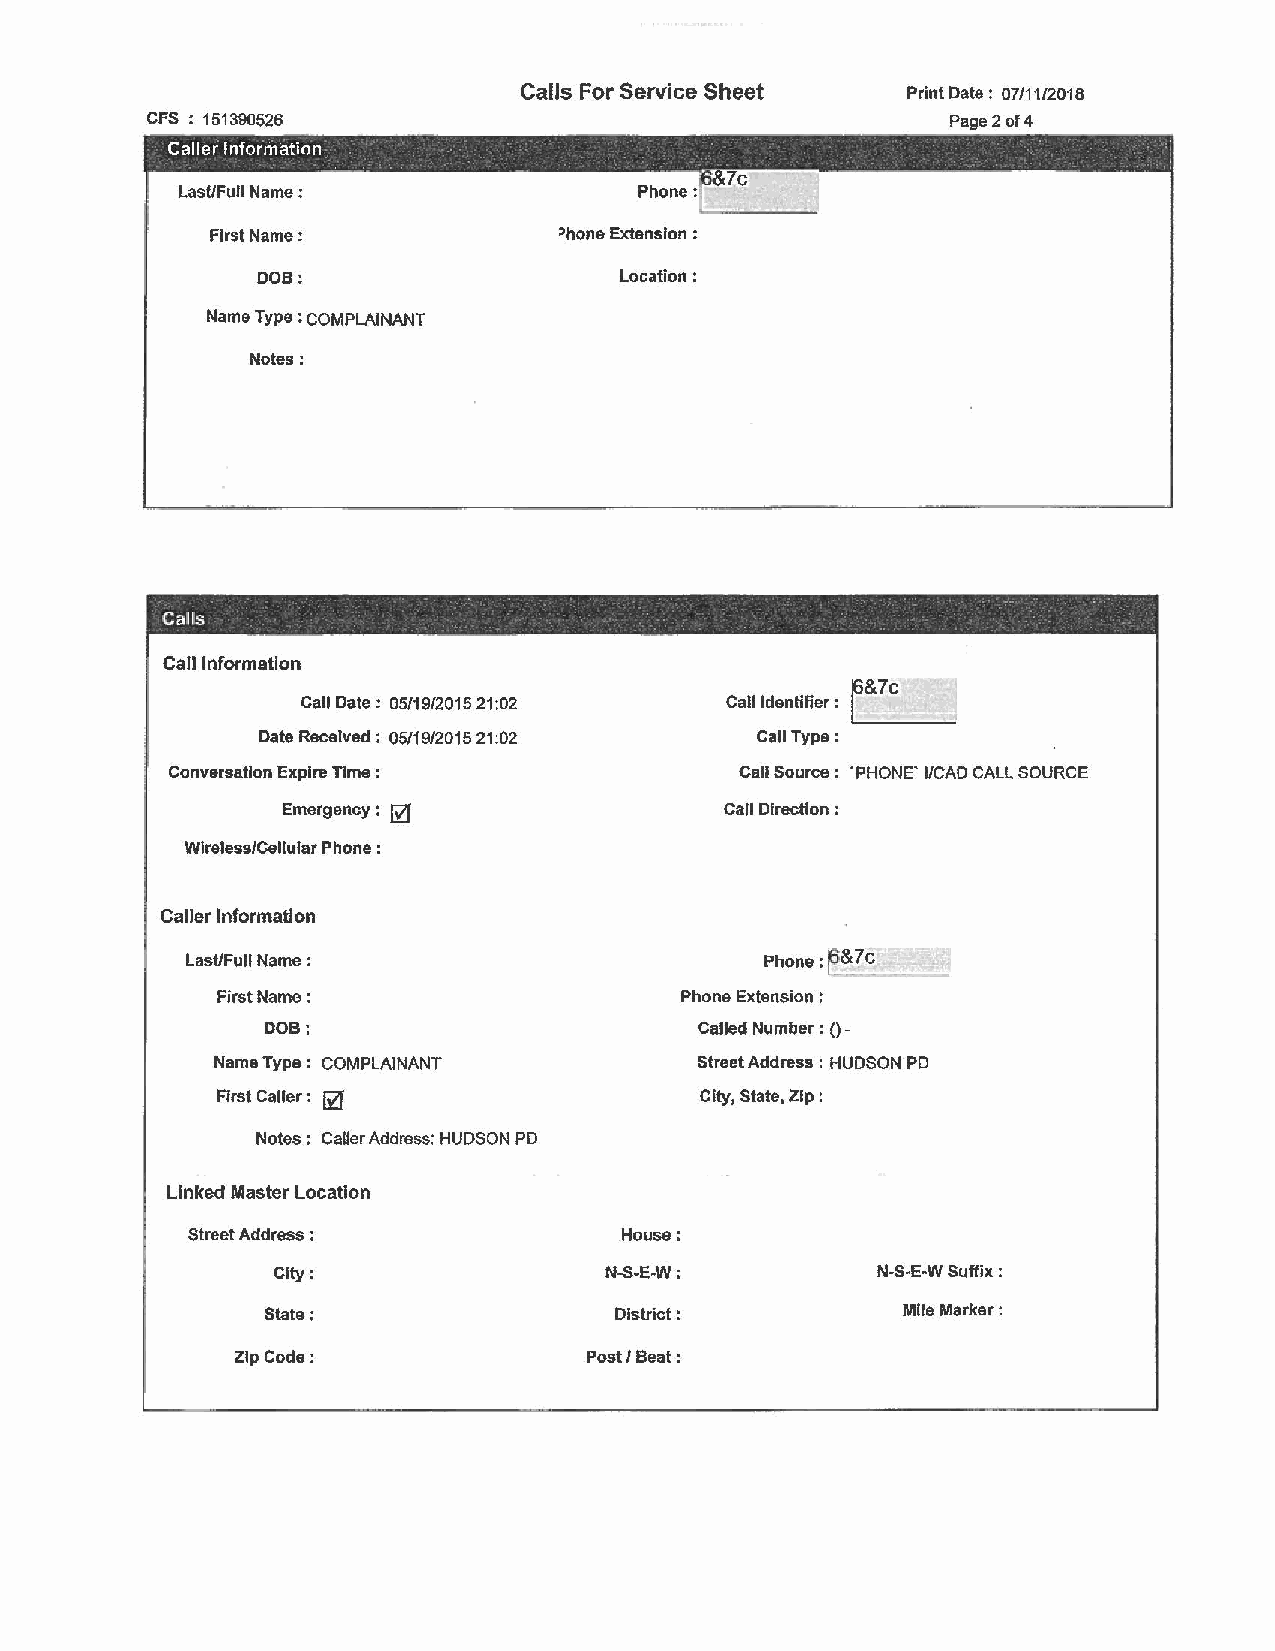
Calls For Service Sheet   Print Date: 07/11/2018
 CFS : 151390526                                      Page 2 of4
 First Name:            ~hone Extension :
 DOB:                    Location:
 Name Type : COMPLAINANT
 Notes:
 Call!s
 Call Information                             r
 &7c
 Call Date: 05/19/2015 21:02 Call Identifier : _
 Date Received: 05/19/2015 21:02  Call Type:
 Conversation Expire Time :            Call Source : . PHONE' I/CAD CALL SOURCE
 Emergency : @                Call Direction :
 Wireless/Cellular Phone :
 Caller Information
 Last/Full Name :                       Phone: &7c
 First Name:                    Phone Extension:
 DOB:                         Called Number : () -
 Name Type : COMPLAINANT         Street Address: HUDSON PD
 First Caller : @                City, State, Zip :
 Notes : Caller Address: HUDSON PD
 Linked Master Location
 Street Address :             House:
 City:                 N-S-E-W:          N-S-E·W Suffix :
 State:                  District:          Mlle Marker:
 Zlp Code:               Post/ Beat: